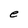
Character: e